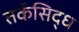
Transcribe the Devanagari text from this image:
तर्कसिद्ध